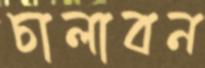
চালাবন